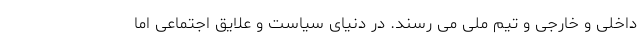
داخلی و خارجی و تیم ملی می رسند. در دنیای سیاست و علایق اجتماعی اما